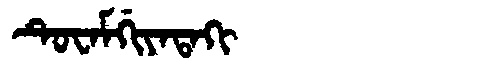
Manchu: ᡨᡠᠸᠠᠮᡤᡳᠶᠠᡨᠠᡴᡳ
Romanization: TUWAMGIYATAKI